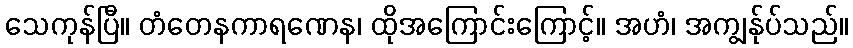
သေကုန်ပြီ။ တံတေနကာရဏေန၊ ထိုအကြောင်းကြောင့်။ အဟံ၊ အကျွန်ုပ်သည်။